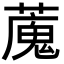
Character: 䕇